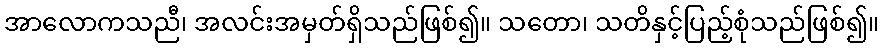
အာလောကသညီ၊ အလင်းအမှတ်ရှိသည်ဖြစ်၍။ သတော၊ သတိနှင့်ပြည့်စုံသည်ဖြစ်၍။